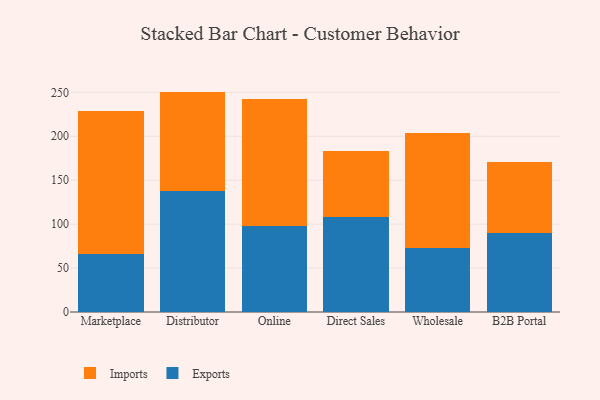
{"axis": {"x": "Channel", "y": "Customer Acquisition Cost (USD)"}, "legend": ["Exports", "Imports"], "data": [{"x": "Marketplace", "y": 66.5, "type": "Exports"}, {"x": "Marketplace", "y": 162.0, "type": "Imports"}, {"x": "Distributor", "y": 137.2, "type": "Exports"}, {"x": "Distributor", "y": 113.6, "type": "Imports"}, {"x": "Online", "y": 97.6, "type": "Exports"}, {"x": "Online", "y": 145.0, "type": "Imports"}, {"x": "Direct Sales", "y": 108.1, "type": "Exports"}, {"x": "Direct Sales", "y": 74.7, "type": "Imports"}, {"x": "Wholesale", "y": 72.7, "type": "Exports"}, {"x": "Wholesale", "y": 131.3, "type": "Imports"}, {"x": "B2B Portal", "y": 89.8, "type": "Exports"}, {"x": "B2B Portal", "y": 80.8, "type": "Imports"}]}